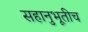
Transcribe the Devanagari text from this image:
सहानुभूतीच